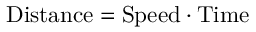
\mathrm { D i s t a n c e } = \mathrm { S p e e d } \cdot \mathrm { T i m e }